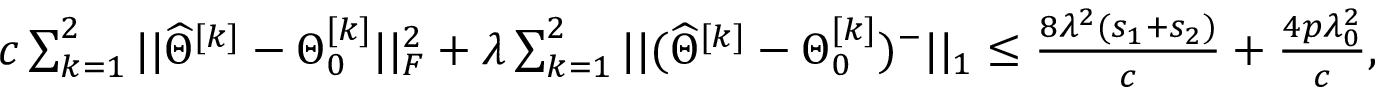
\begin{array} { r } { c \sum _ { k = 1 } ^ { 2 } | | \widehat { \Theta } ^ { [ k ] } - \Theta _ { 0 } ^ { [ k ] } | | _ { F } ^ { 2 } + \lambda \sum _ { k = 1 } ^ { 2 } | | ( \widehat { \Theta } ^ { [ k ] } - \Theta _ { 0 } ^ { [ k ] } ) ^ { - } | | _ { 1 } \leq \frac { 8 \lambda ^ { 2 } ( s _ { 1 } + s _ { 2 } ) } { c } + \frac { 4 p \lambda _ { 0 } ^ { 2 } } { c } , } \end{array}